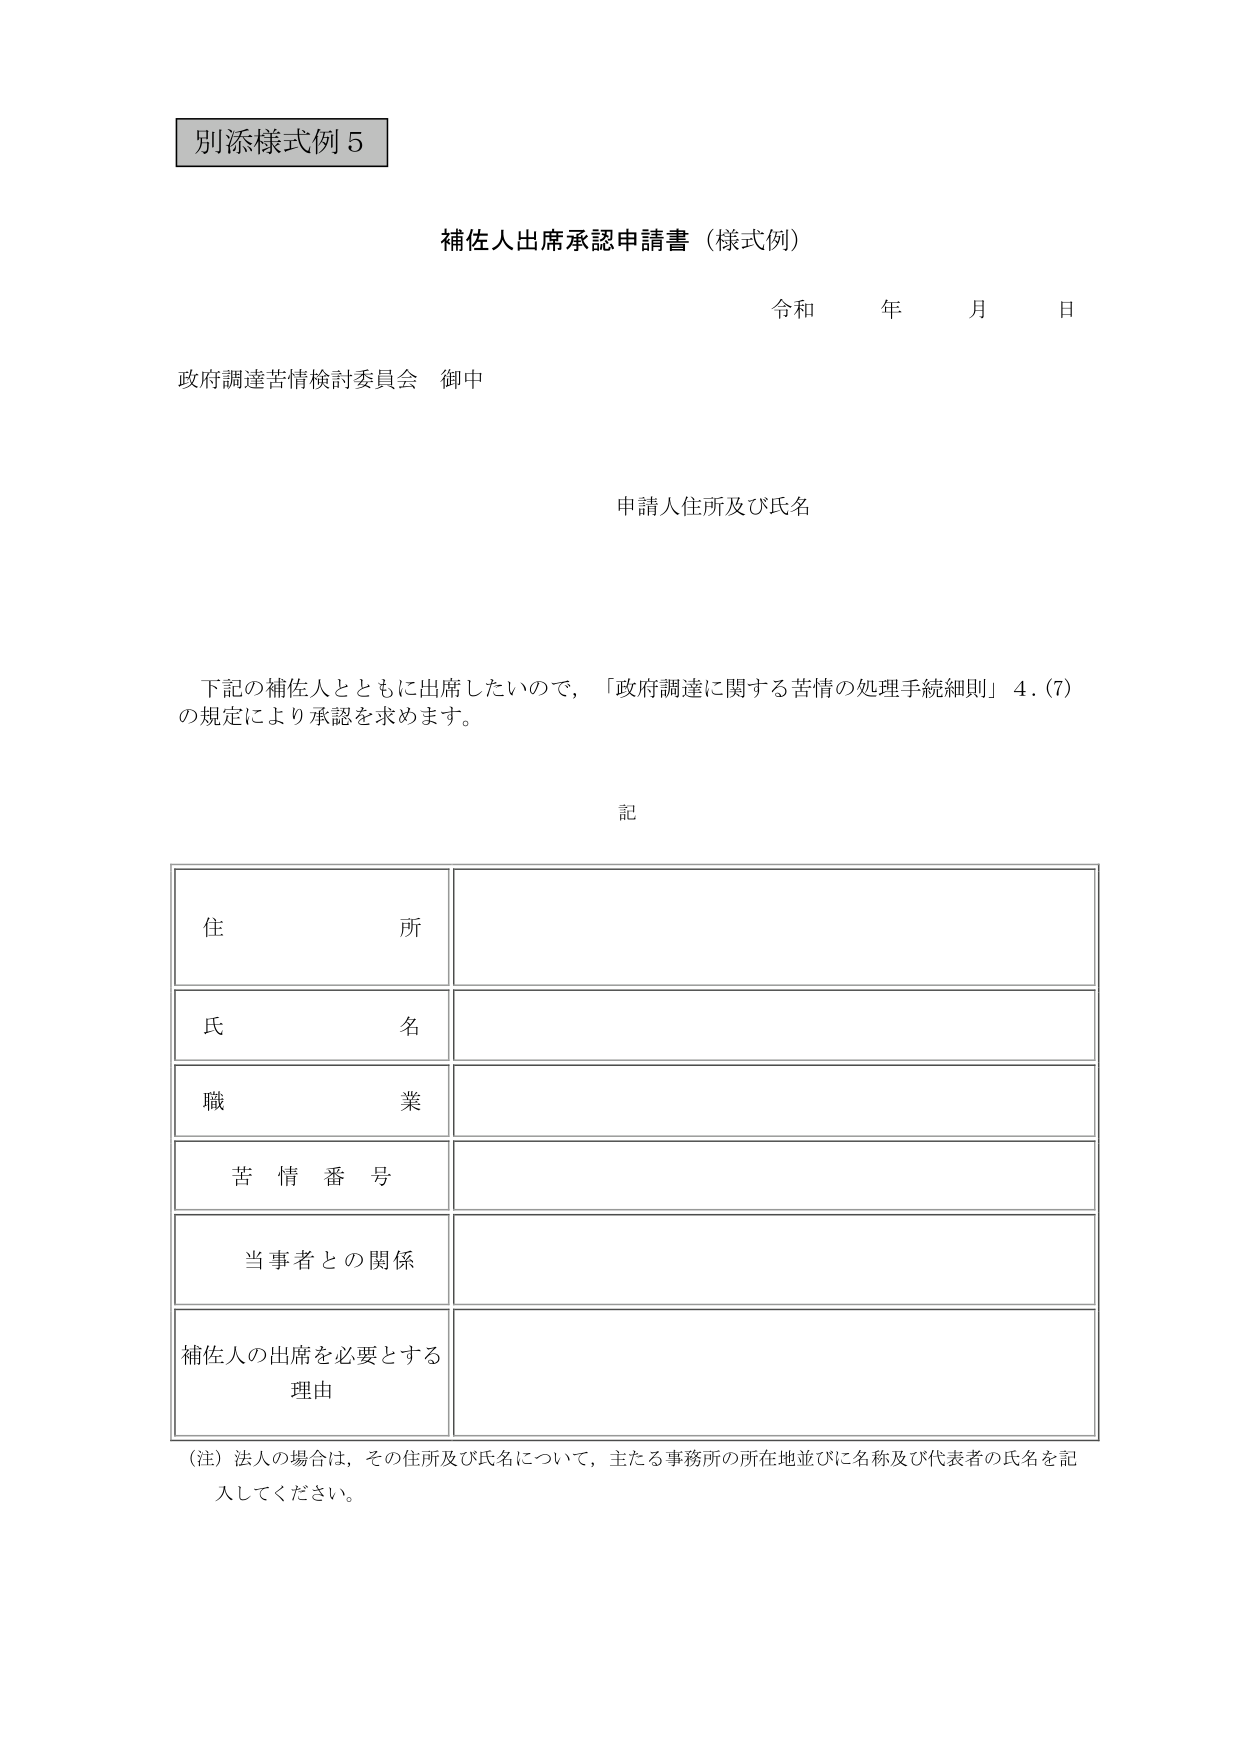
別添様式例５

補佐人出席承認申請書（様式例）

令和 年 月 日

政府調達苦情検討委員会 御中

申請人住所及び氏名

下記の補佐人とともに出席したいので、「政府調達に関する苦情の処理手続細則」4．(7) の規定により承認を求めます。

記

住所

氏名

職業

苦情番号

当事者との関係

補佐人の出席を必要とする理由

（注）法人の場合は、その住所及び氏名について、主たる事務所の所在地並びに名称及び代表者の氏名を記入してください。